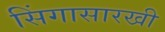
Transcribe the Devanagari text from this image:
सिंगासारखी